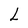
Character: L